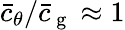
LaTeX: \bar{c}_{\theta}/\bar{c}_{\mathrm{~g~}}\approx 1